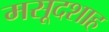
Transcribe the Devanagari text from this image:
मसूदशाह